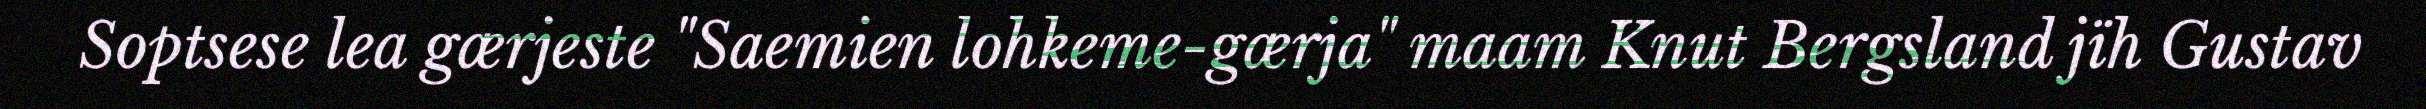
Soptsese lea gærjeste "Saemien lohkeme-gærja" maam Knut Bergsland jïh Gustav